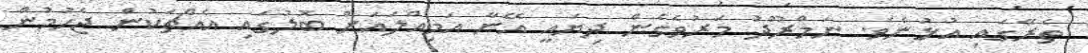
ތެރޭގައި އުޅުނެވެ. ނަމްރޫދު މަރުވެގެން ދިޔައީ އޭނާ އަމިއްލައަށް ބޮލުގައި އެއްޗަކުން ޖެހުމުން